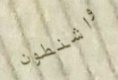
واشنطون